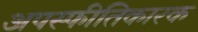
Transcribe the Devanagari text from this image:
अपस्फीतिकारक